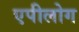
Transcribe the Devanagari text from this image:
एपीलोग